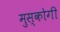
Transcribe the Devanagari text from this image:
मुस्कोगी